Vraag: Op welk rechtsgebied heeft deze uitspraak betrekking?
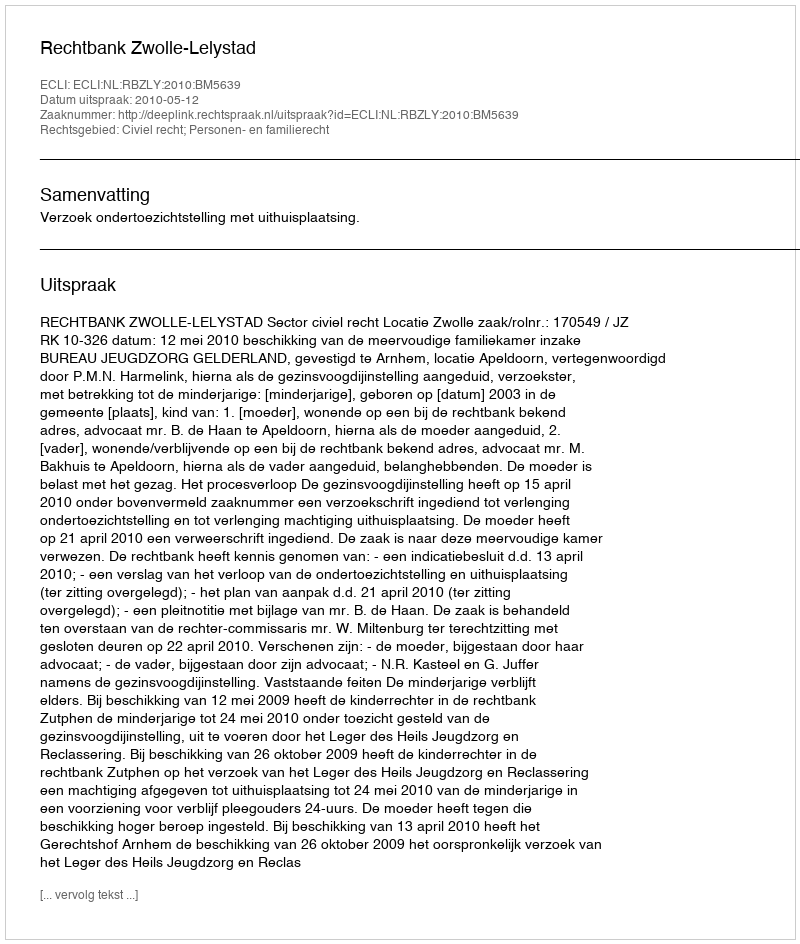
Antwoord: Civiel recht; Personen- en familierecht